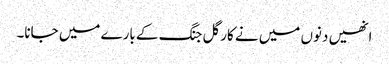
انھیں دنوں میں نے کارگل جنگ کے بارے میں جانا۔